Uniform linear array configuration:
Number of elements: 32
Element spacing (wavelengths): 1
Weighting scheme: hann
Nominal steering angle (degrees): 30
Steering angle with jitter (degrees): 31.462
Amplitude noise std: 0.05
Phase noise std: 0.05

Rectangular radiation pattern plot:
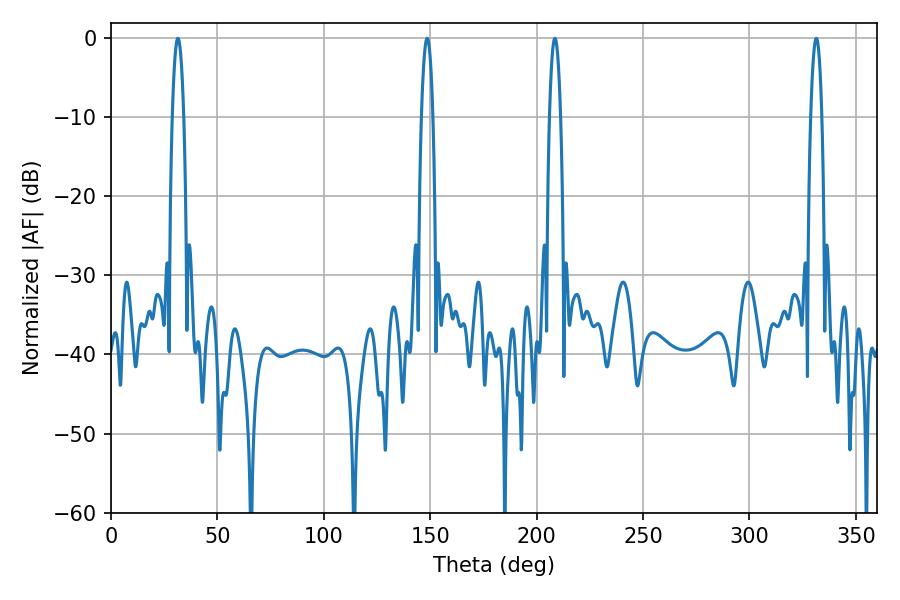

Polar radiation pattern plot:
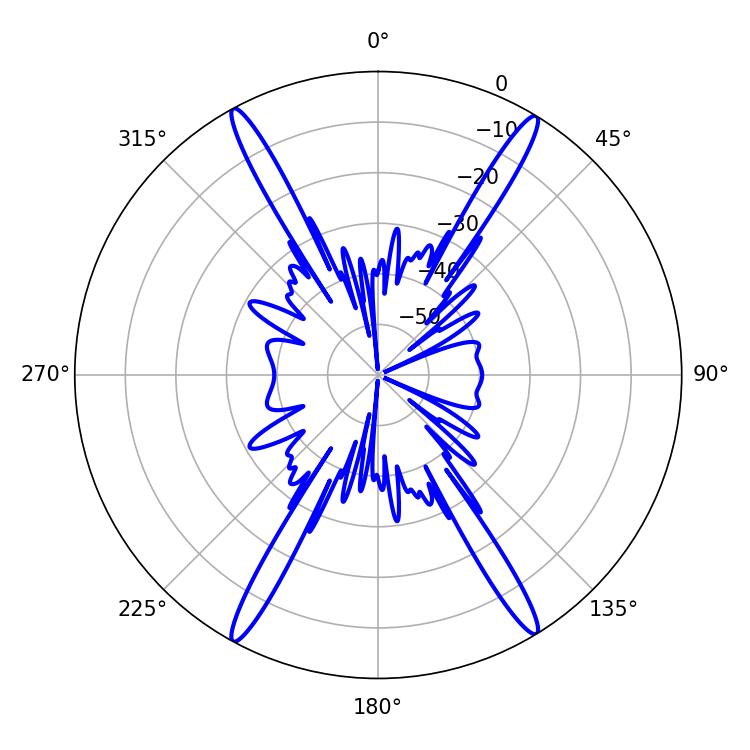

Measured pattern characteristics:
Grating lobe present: TRUE
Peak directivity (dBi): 25.072
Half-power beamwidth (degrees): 2.88
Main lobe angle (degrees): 208.62